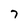
Character: 7